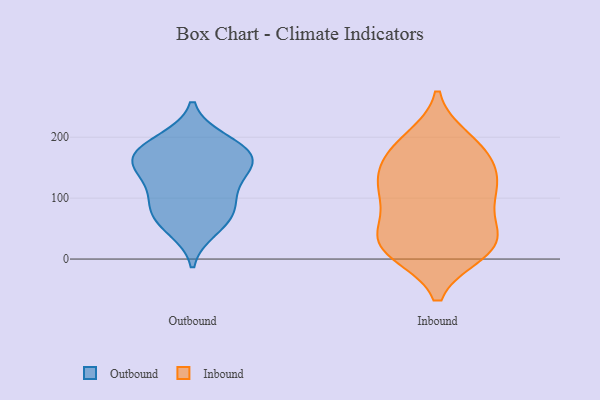
{"axis": {"x": "Website Visitors", "y": "Value"}, "legend": ["Inbound", "Outbound"], "data": [{"x": "", "y": 128, "type": "Outbound"}, {"x": "", "y": 75, "type": "Outbound"}, {"x": "", "y": 188, "type": "Outbound"}, {"x": "", "y": 164, "type": "Outbound"}, {"x": "", "y": 102, "type": "Outbound"}, {"x": "", "y": 155, "type": "Outbound"}, {"x": "", "y": 195, "type": "Outbound"}, {"x": "", "y": 64, "type": "Outbound"}, {"x": "", "y": 144, "type": "Outbound"}, {"x": "", "y": 169, "type": "Outbound"}, {"x": "", "y": 171, "type": "Outbound"}, {"x": "", "y": 89, "type": "Outbound"}, {"x": "", "y": 49, "type": "Outbound"}, {"x": "", "y": 111, "type": "Inbound"}, {"x": "", "y": 112, "type": "Inbound"}, {"x": "", "y": 196, "type": "Inbound"}, {"x": "", "y": 53, "type": "Inbound"}, {"x": "", "y": 46, "type": "Inbound"}, {"x": "", "y": 15, "type": "Inbound"}, {"x": "", "y": 188, "type": "Inbound"}, {"x": "", "y": 17, "type": "Inbound"}, {"x": "", "y": 87, "type": "Inbound"}, {"x": "", "y": 25, "type": "Inbound"}, {"x": "", "y": 25, "type": "Inbound"}, {"x": "", "y": 160, "type": "Inbound"}, {"x": "", "y": 124, "type": "Inbound"}, {"x": "", "y": 11, "type": "Inbound"}, {"x": "", "y": 153, "type": "Inbound"}, {"x": "", "y": 119, "type": "Inbound"}, {"x": "", "y": 178, "type": "Inbound"}]}